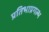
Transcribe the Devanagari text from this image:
प्रतिभाप्रगल्भ